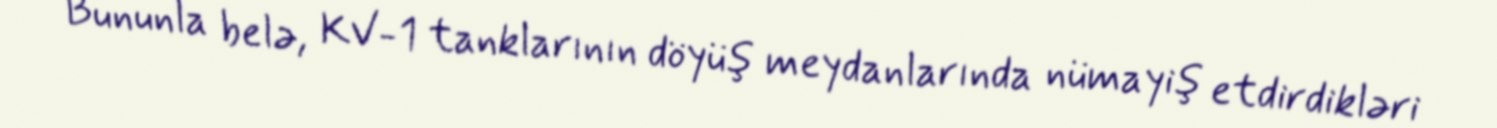
Bununla belə, KV-1 tanklarının döyüş meydanlarında nümayiş etdirdikləri